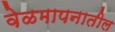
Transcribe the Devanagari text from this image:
वेळमापनातील